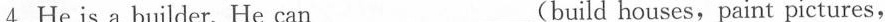
4.He is a builder. He can___(build houses, paint pictures,